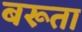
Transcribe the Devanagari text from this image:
बरूता